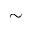
\sim